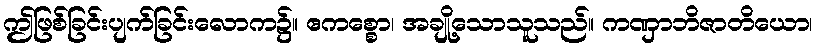
ဤဖြစ်ခြင်းပျက်ခြင်းလောက၌။ ဧကစ္စော၊ အချို့သောသူသည်။ ကဏှာဘိဇာတိယော၊